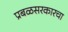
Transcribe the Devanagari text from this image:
प्रबळसरकारचा